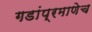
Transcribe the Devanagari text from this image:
गडांप्रमाणेच